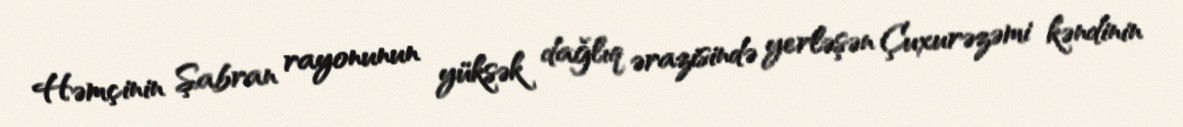
Həmçinin Şabran rayonunun yüksək dağlıq ərazisində yerləşən Çuxurəzəmi kəndinin